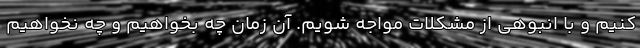
کنیم و با انبوهی از مشکلات مواجه شویم. آن زمان چه بخواهيم و چه نخواهيم